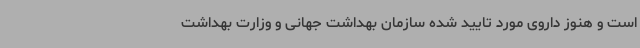
است و هنوز داروی مورد تایید شده سازمان بهداشت جهانی و وزارت بهداشت